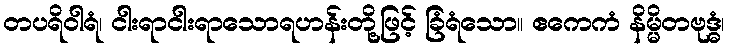
တပရိဝါရံ၊ ငါးရာငါးရာသောရဟန်းတို့ဖြင့် ခြံရံသော။ ဧကေကံ နိမ္မိတဗုဒ္ဓံ၊